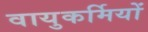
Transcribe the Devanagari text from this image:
वायुकर्मियों